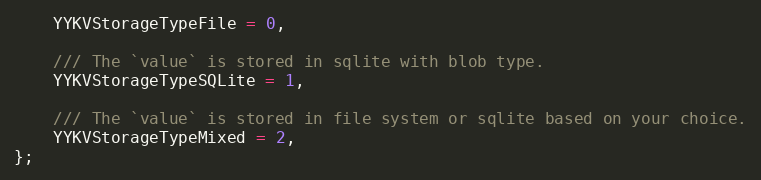
Language: C
    YYKVStorageTypeFile = 0,

    /// The `value` is stored in sqlite with blob type.
    YYKVStorageTypeSQLite = 1,

    /// The `value` is stored in file system or sqlite based on your choice.
    YYKVStorageTypeMixed = 2,
};